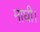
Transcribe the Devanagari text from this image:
माघी।